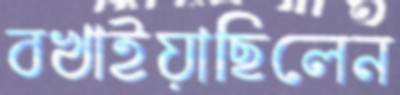
বখাইয়াছিলেন